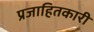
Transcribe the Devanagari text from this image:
प्रजाहितकारी